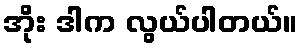
အိုး ဒါက လွယ်ပါတယ်။